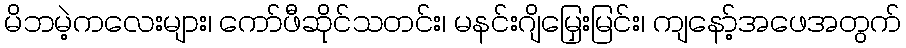
မိဘမဲ့ကလေးများ၊ ကော်ဖီဆိုင်သတင်း၊ မနင်းဂျိမြှေးမြင်း၊ ကျနော့်အဖေအတွက်